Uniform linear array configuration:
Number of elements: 32
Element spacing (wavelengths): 1
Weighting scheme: cosine
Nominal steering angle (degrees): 15
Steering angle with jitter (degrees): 13.151
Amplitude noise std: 0.05
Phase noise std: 0.05

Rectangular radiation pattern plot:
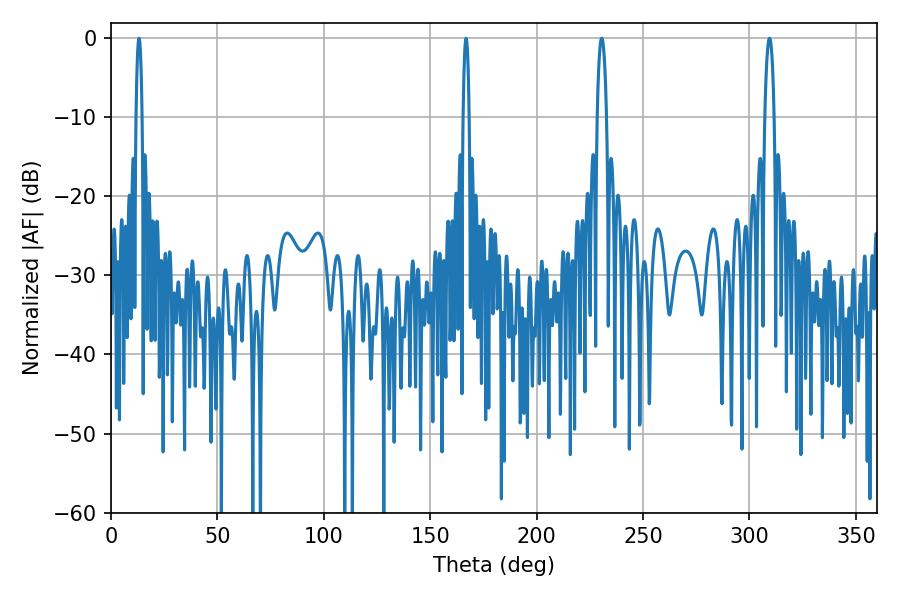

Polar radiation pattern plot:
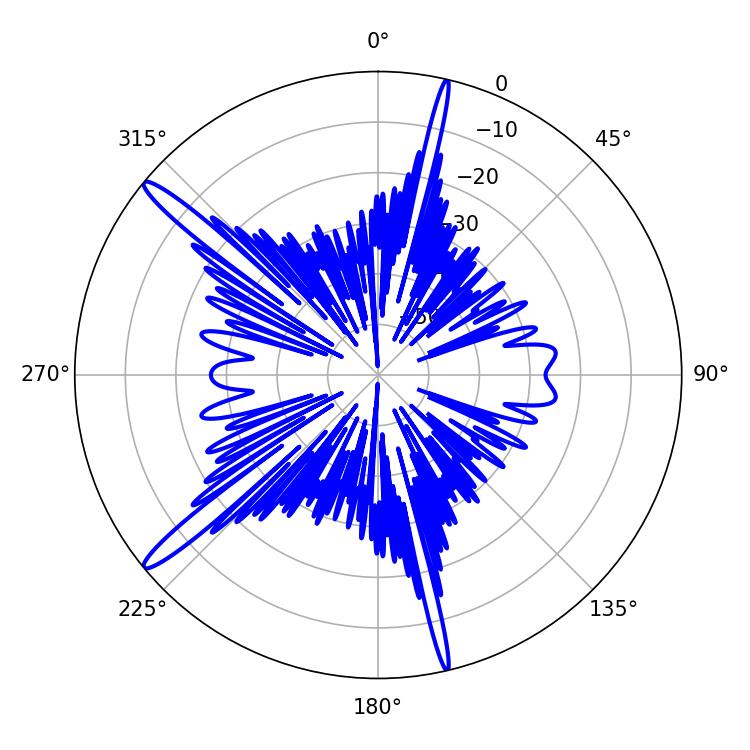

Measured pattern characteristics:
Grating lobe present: TRUE
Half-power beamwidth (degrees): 2.52
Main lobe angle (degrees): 309.42